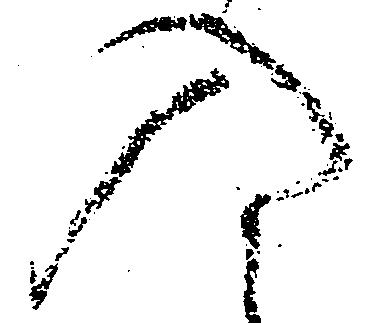
入